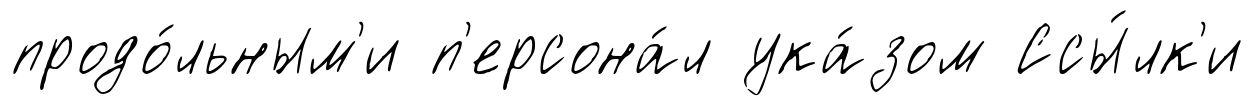
продо́льным'и п'ерсона́л ука́зом Ссы́лк'и